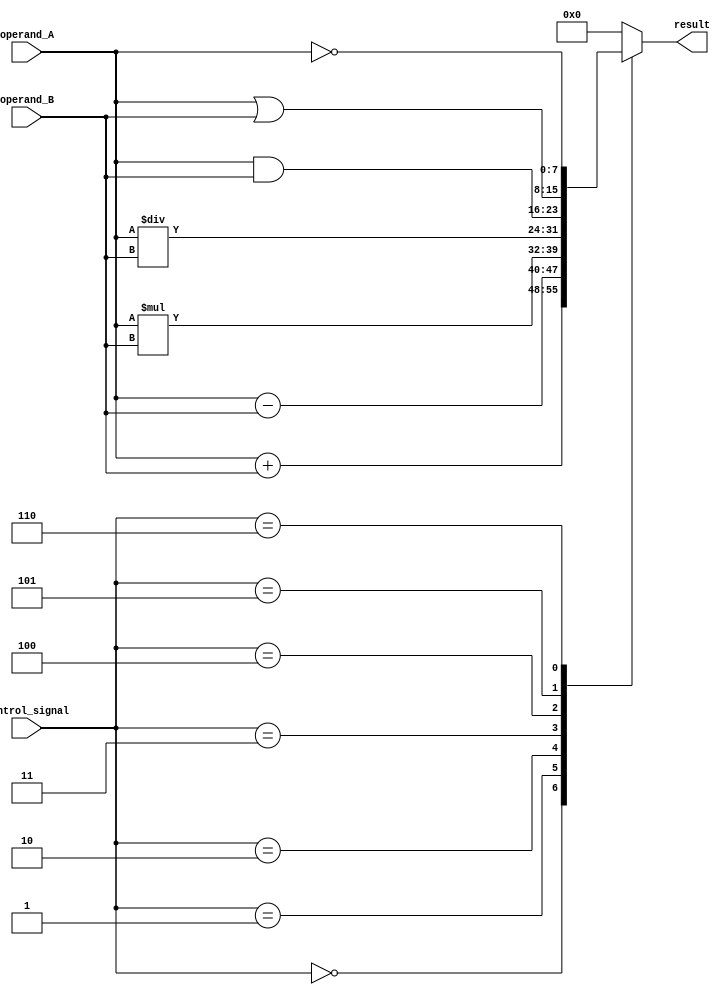
module ALU (
    input [7:0] operand_A,
    input [7:0] operand_B,
    input [2:0] control_signal,
    output reg [7:0] result
);

always @ (*)
begin
    case (control_signal)
        3'b000: result = operand_A + operand_B; // addition
        3'b001: result = operand_A - operand_B; // subtraction
        3'b010: result = operand_A * operand_B; // multiplication
        3'b011: result = operand_A / operand_B; // division
        3'b100: result = operand_A & operand_B; // AND operation
        3'b101: result = operand_A | operand_B; // OR operation
        3'b110: result = ~operand_A; // NOT operation on operand A
        default: result = 8'b0; // default case
    endcase
end

endmodule